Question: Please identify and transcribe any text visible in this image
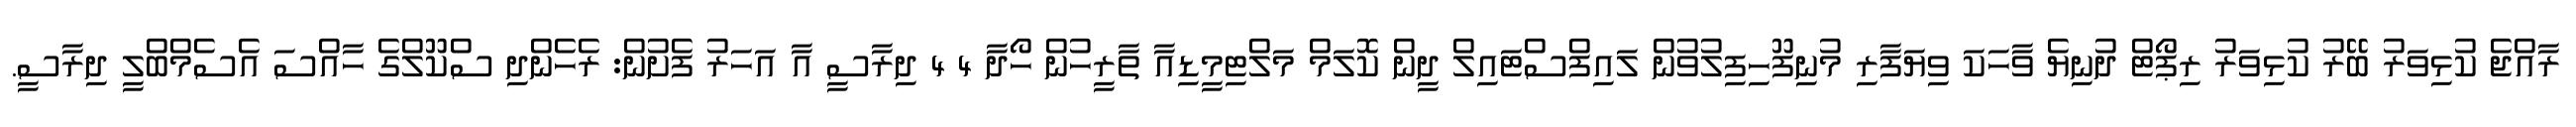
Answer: ރާއްޖެ ކުޅިވަރު ބޭރު ކުޅިވަރު ރިޕޯޓް ދުނިޔެ ވާހަކަ ވިޔަފާރި މުނިފޫހިފިލުވުން ލައިފްސްޓައިލް ދީން ކޮލަމް މަލްޓިމީޑިއާ ތާރީހުން ހޯދާ 4 4 ދިރާސީ އާ އަހަރު ފެށުން: ރެހެންދި ސްކޫލްގެ ހާއްސަ އެސެމްބްލީ ދިރާސީ.